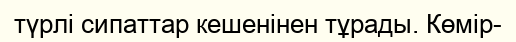
түрлі сипаттар кешенінен тұрады. Көмір-